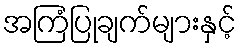
အကြံပြုချက်များနှင့်